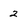
Character: 2